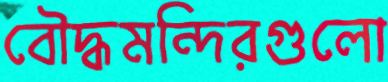
বৌদ্ধমন্দিরগুলো